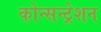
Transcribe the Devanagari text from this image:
कोन्सन्ट्रेशन